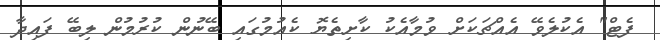
ފެޓް" އެކުލެވޭ އެއްޗަކަށް ވުމާއެކު ކާށިތެޔޮ ކެއުމުގައި ބޭނުން ކުރުމުން ލިބޭ ފައިދާ